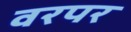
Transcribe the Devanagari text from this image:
वरपर